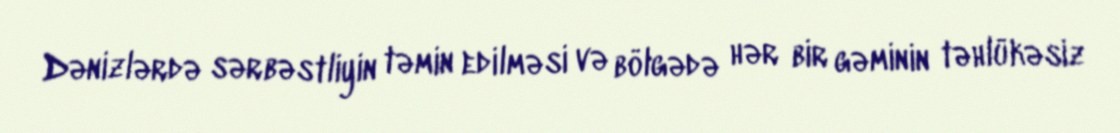
Dənizlərdə sərbəstliyin təmin edilməsi və bölgədə hər bir gəminin təhlükəsiz